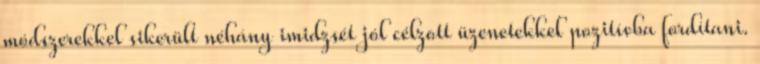
módszerekkel sikerült néhány imidzsét jól célzott üzenetekkel pozitívba fordítani.